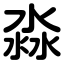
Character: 淼